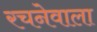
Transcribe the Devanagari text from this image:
रचनेवाला